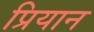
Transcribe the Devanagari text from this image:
प्रियान